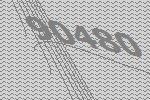
90480